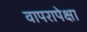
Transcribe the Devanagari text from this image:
वापरापेक्षा